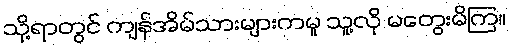
သို့ရာတွင် ကျန်အိမ်သားများကမူ သူ့လို မတွေးမိကြ။